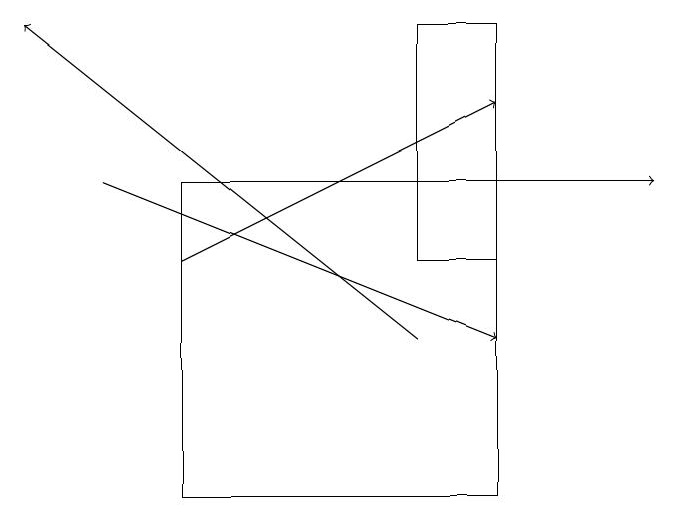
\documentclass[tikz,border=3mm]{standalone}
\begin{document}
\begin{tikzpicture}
\draw[->] (2,17) -- (8,17);
\draw[->] (2,16) -- (6,18);
\draw (6,16) rectangle (5,19);
\draw[->] (5,15) -- (0,19);
\draw[->] (1,17) -- (6,15);
\draw (2,13) rectangle (6,17);
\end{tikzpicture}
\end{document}